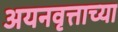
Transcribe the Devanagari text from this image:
अयनवृत्ताच्या